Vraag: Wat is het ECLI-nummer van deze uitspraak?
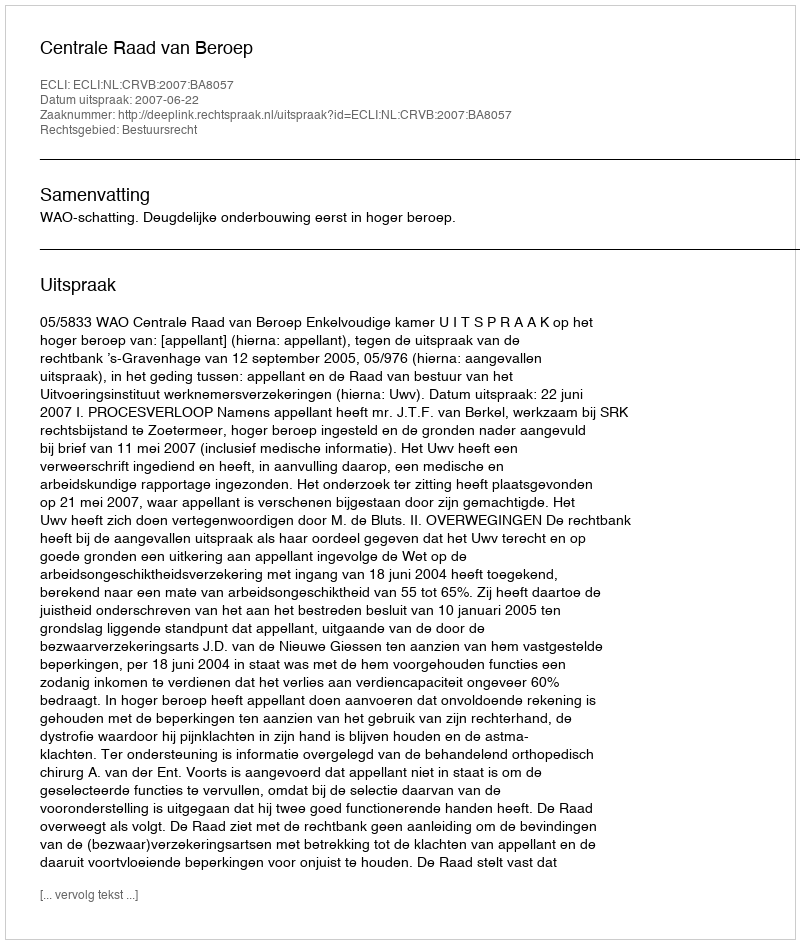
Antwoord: ECLI:NL:CRVB:2007:BA8057